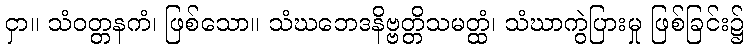
ငှာ။ သံဝတ္တနကံ၊ ဖြစ်သော။ သံဃဘေဒနိဗ္ဗတ္တိသမတ္ထံ၊ သံဃာကွဲပြားမှု ဖြစ်ခြင်း၌